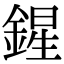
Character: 鍟